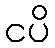
ငပိ